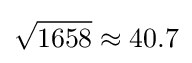
{\sqrt {1658}}\approx 40.7